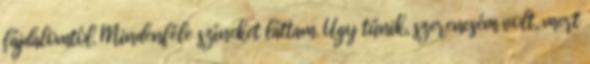
fájdalomtól. Mindenféle színeket láttam. Úgy tűnik, szerencsém volt, mert